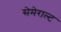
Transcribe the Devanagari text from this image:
सेमेराल्ट